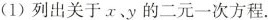
(1)列出关于x、y的二元一次方程。